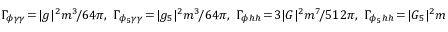
\Gamma _ { \phi \gamma \gamma } \! = \! | g | ^ { 2 } m ^ { 3 } \! / 6 4 \pi , \, \, \Gamma _ { \phi _ { 5 } \gamma \gamma } \! = \! | g _ { 5 } | ^ { 2 } m ^ { 3 } \! / 6 4 \pi , \, \, \Gamma _ { \phi h h } \! = \! 3 | G | ^ { 2 } m ^ { 7 } \! / 5 1 2 \pi , \, \, \Gamma _ { \phi _ { 5 } h h } \! = \! | G _ { 5 } | ^ { 2 } m ^ { 7 } \! / 5 1 2 \pi .